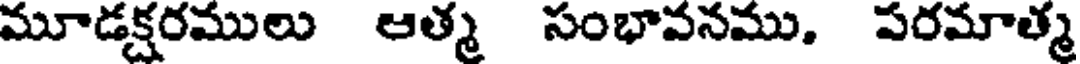
మూడక్షరములు ఆత్మ సంభావనము, పరమాత్మ